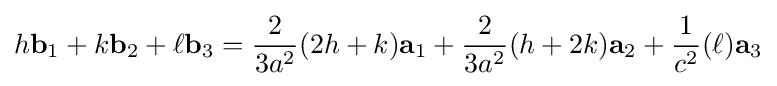
h\mathbf {b} _{1}+k\mathbf {b} _{2}+\ell \mathbf {b} _{3}={\frac {2}{3a^{2}}}(2h+k)\mathbf {a} _{1}+{\frac {2}{3a^{2}}}(h+2k)\mathbf {a} _{2}+{\frac {1}{c^{2}}}(\ell )\mathbf {a} _{3}